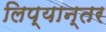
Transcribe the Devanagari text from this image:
लिप्यान्तर